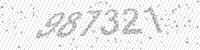
Solution: 987321